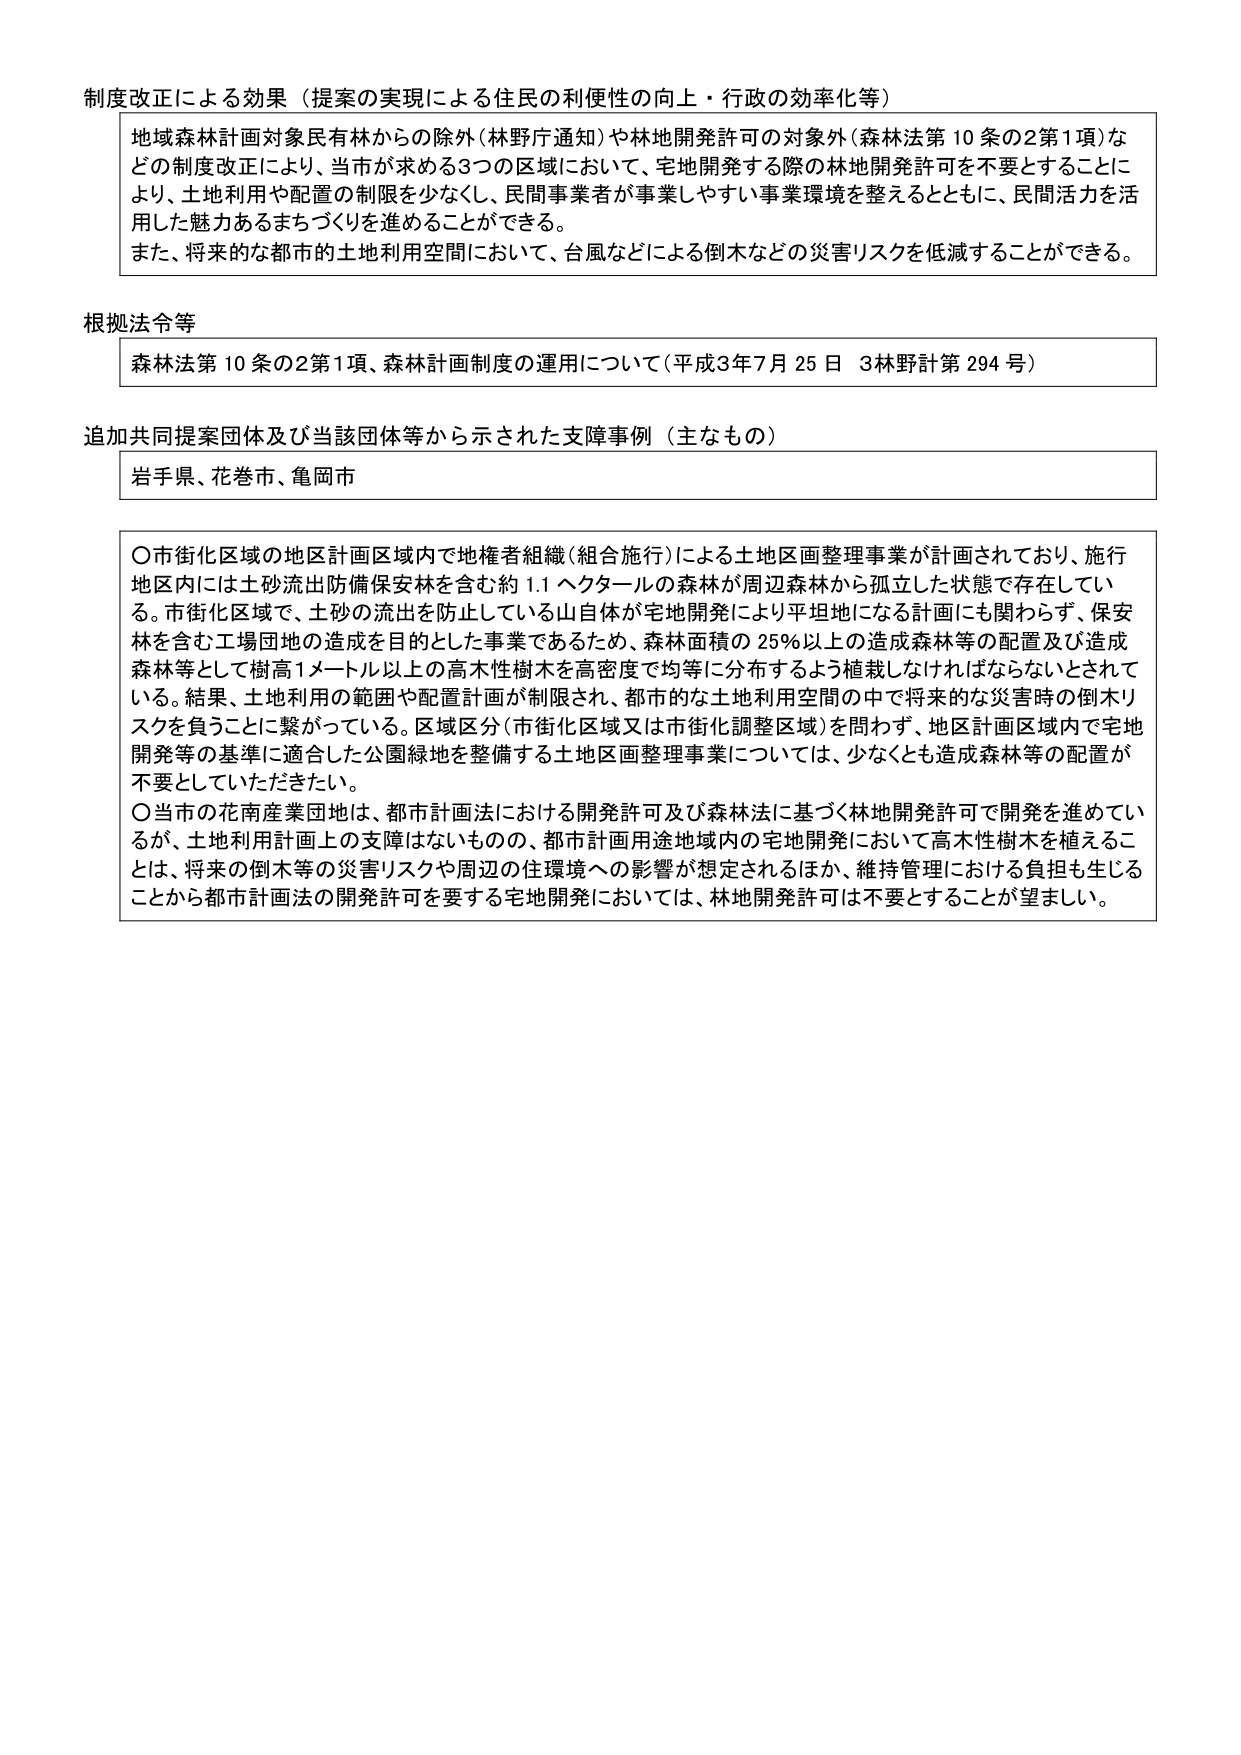
制度改正による効果（提案の実現による住民の利便性の向上・行政の効率化等）

地域森林計画対象民有林からの除外（林野庁通知）や林地開発許可の対象外（森林法第10条の2第1項）などの制度改正により、当市が求める3つの区域において、宅地開発する際の林地開発許可を不要とすることにより、土地利用や配置の制限を少なくし、民間事業者が事業しやすい事業環境を整えるとともに、民間活力を活用した魅力あるまちづくりを進めることができる。
また、将来的な都市の土地利用空間において、台風などによる倒木などの災害リスクを低減することができる。

根拠法令等

森林法第10条の2第1項、森林計画制度の運用について（平成3年7月25日 3林野計第294号）

追加共同提案団体及び当該団体等から示された支援事例（主なもの）

岩手県、花巻市、亀岡市

〇市街化区域の地区計画区域内で地権者組織（組合施行）による土地区画整理事業が計画されており、施行地区内には土砂流出防備保安林を含む約1.1ヘクタールの森林が周辺森林から孤立した状態で存在している。市街化区域で、土砂の流出を防止している山自体が宅地開発により平坦地になる計画にも関わらず、保安林を含む工場団地の造成を目的とした事業であるため、森林面積の25％以上の造成森林等の配置及び造成森林等として樹高1メートル以上の高木性樹木を高密度で均等に分布するよう植栽しなければならないとされている。結果、土地利用の範囲や配置計画が制限され、都市的な土地利用空間の中で将来的な災害時の倒木リスクを負うことに繋がっている。区域区分（市街化区域又は市街化調整区域）を問わず、地区計画区域内で宅地開発等の基準に適合した公園緑地を整備する土地区画整理事業については、少なくとも造成森林等の配置が不要としていただきたい。

〇当市の花南産業団地は、都市計画法における開発許可及び森林法に基づく林地開発許可で開発を進めているが、土地利用計画上の支障はないものの、都市計画用途地域内の宅地開発において高木性樹木を植えることは、将来の倒木等の災害リスクや周辺の住環境への影響が想定されるほか、維持管理における負担も生じることから都市計画法の開発許可を要する宅地開発においては、林地開発許可是不要とすることが望ましい。